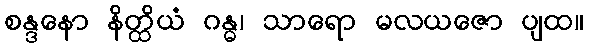
စန္ဒနော နိတ္ထိယံ ဂန္ဓ၊ သာရော မလယဇော ပျထ။